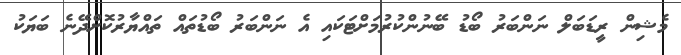
މެޝިން ރީޑަބަލް ނަންބަރު ބޯޑު ބޭނުންކުރުމަށްޓަކައި އެ ނަންބަރު ބޯޑުތައް ތައްޔާރުކޮށްދޭނެ ބަޔަކު